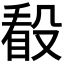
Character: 𣪦